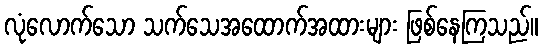
လုံလောက်သော သက်သေအထောက်အထားများ ဖြစ်နေကြသည်။